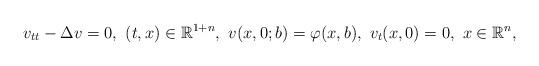
LaTeX: \begin{align*}v_{tt}- \Delta v =0, \,\, (t,x) \in {\mathbb R}^{1+n}, \,\,v(x,0;b)= \varphi (x,b), \,\, v_t(x,0)=0 ,\,\, x \in {\mathbb R}^n,\end{align*}